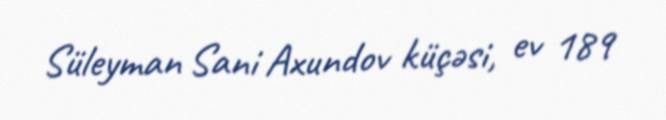
Süleyman Sani Axundov küçəsi, ev 189